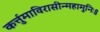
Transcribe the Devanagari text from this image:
कर्त्तुमाविरासीन्महामुनिः॥